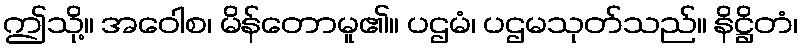
ဤသို့။ အဝေါစ၊ မိန်တောမူ၏။ ပဌမံ၊ ပဌမသုတ်သည်။ နိဋ္ဌိတံ၊